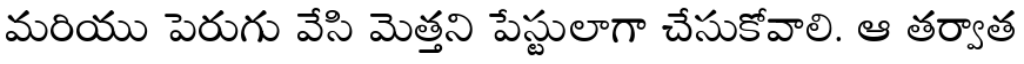
మరియు పెరుగు వేసి మెత్తని పేస్టులాగా చేసుకోవాలి. ఆ తర్వాత